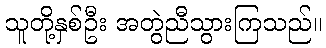
သူတို့နှစ်ဦး အတွဲညီသွားကြသည်။